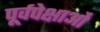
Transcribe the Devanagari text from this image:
पूर्वपेक्षाओं